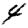
Digit: 4